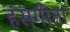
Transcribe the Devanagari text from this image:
हंसगीता